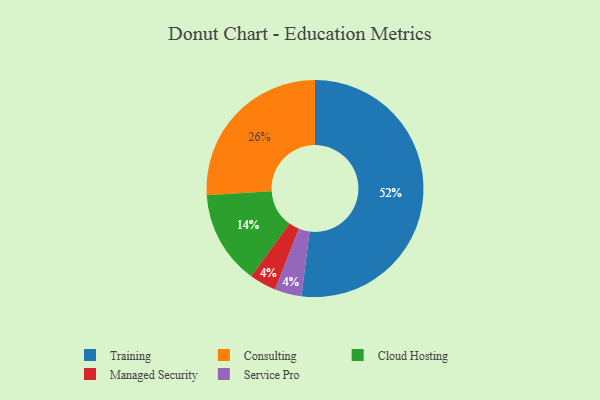
{"axis": {"x": "Category", "y": "Percentage"}, "legend": ["Cloud Hosting", "Consulting", "Managed Security", "Service Pro", "Training"], "data": [{"x": "Managed Security", "y": 4, "type": "Managed Security"}, {"x": "Service Pro", "y": 4, "type": "Service Pro"}, {"x": "Training", "y": 52, "type": "Training"}, {"x": "Consulting", "y": 26, "type": "Consulting"}, {"x": "Cloud Hosting", "y": 14, "type": "Cloud Hosting"}]}